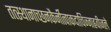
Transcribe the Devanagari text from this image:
तत्स्थानाच्छनकैर्नीत्वाकदाचिज्जाह्नवीजले